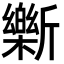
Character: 𫿾